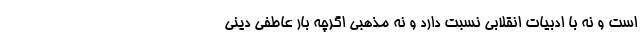
است و نه با ادبیات انقلابی نسبت دارد و نه مذهبی اگرچه بار عاطفی دینی